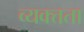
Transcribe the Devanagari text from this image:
व्यक्त्तता